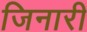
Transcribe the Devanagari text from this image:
जिनारी